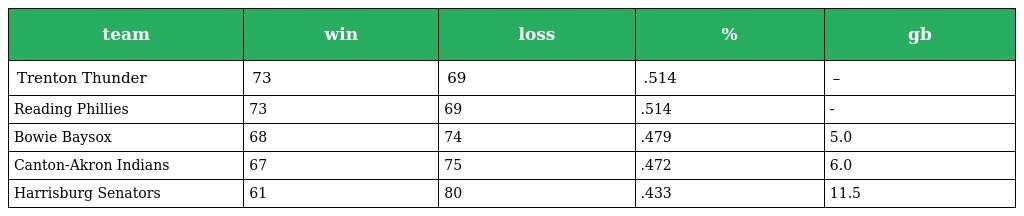
| team | win | loss | % | gb |
 | --- | --- | --- | --- | --- |
 | Trenton Thunder | 73 | 69 | .514 | – |
 | Reading Phillies | 73 | 69 | .514 | - |
 | Bowie Baysox | 68 | 74 | .479 | 5.0 |
 | Canton-Akron Indians | 67 | 75 | .472 | 6.0 |
 | Harrisburg Senators | 61 | 80 | .433 | 11.5 |